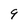
Character: 9